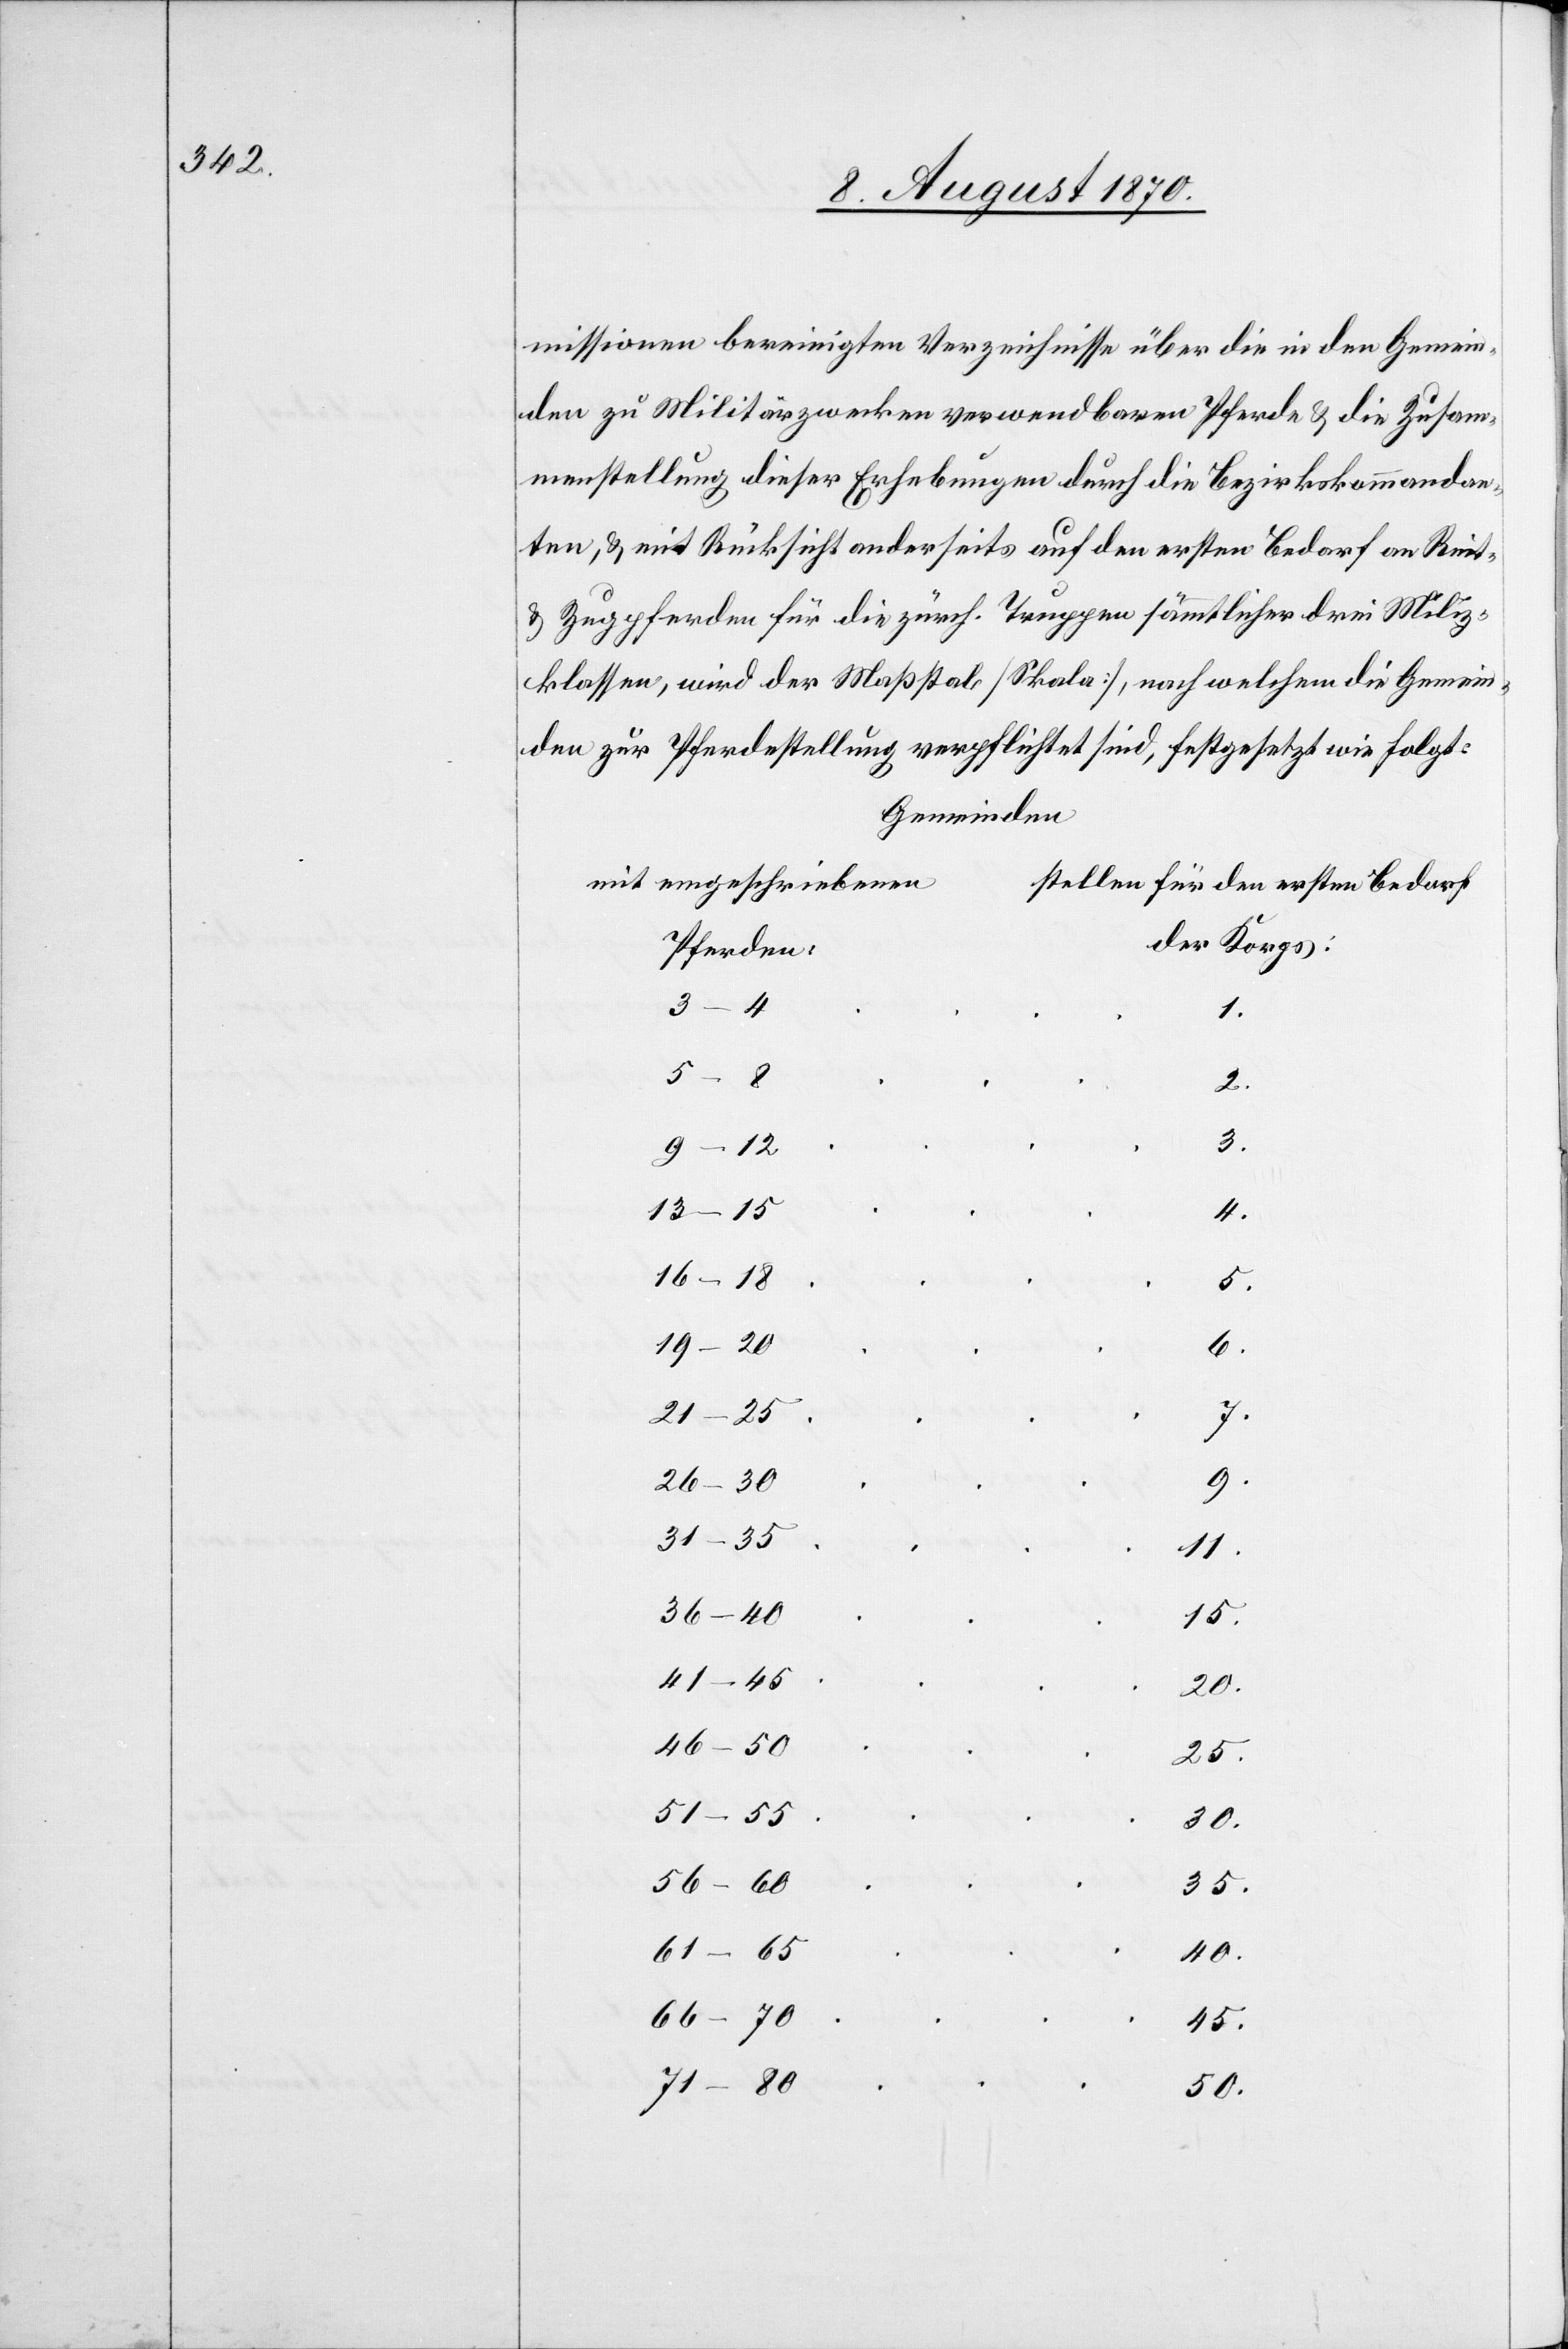
missionen bereinigten Verzeichnisse über die in den Gemein¬
den zu Militärzwecken verwendbaren Pferde & die Zusam¬
menstellung dieser Erhebungen durch die Bezirkskommandan¬
ten, & mit Rücksicht anderseits auf den ersten Bedarf an Reit-
& Zugpferden für die zürch. Truppen sämmtlicher drei Miliz¬
klassen, wird der Maßstab [Skala], nach welchem die Gemein¬
den zur Pferdehaltung verpflichtet sind, festgesetzt wie folgt:
[Gemeinden]
[mit eingeschriebenen
stellen für den ersten Bedarf
der Korps:]
Pferden:]
3–4
1.
2.
3.
9–12
13–15
4.
16–18
darf
5.
19–20
6.
21–25
7.
9.
31–35
11.
36–40
15.
41–45
20.
46–50
25.
51–55
30.
56–60
35.
61–65
40.
66–70
45.
71–80
50.